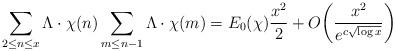
LaTeX: \begin{align*}\sum \limits_{2\leq n\leq x}\Lambda\cdot \chi(n)\sum \limits_{m\leq n-1}\Lambda \cdot \chi(m)&=E_0(\chi)\frac{x^2}{2}+O\bigg(\frac{x^2}{e^{c\sqrt{\log x}}}\bigg)\end{align*}